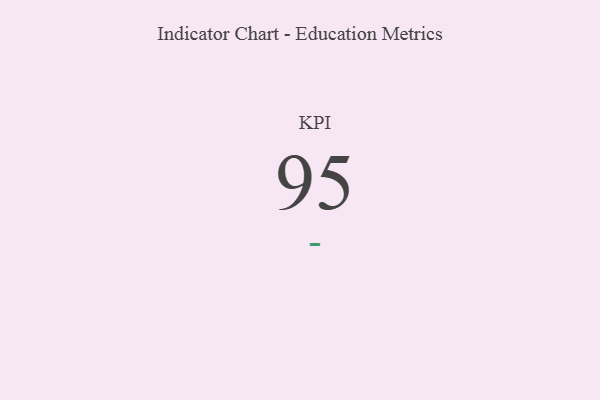
{"axis": {"x": "KPI", "y": "Value"}, "legend": [""], "data": [{"x": "KPI", "y": 95, "type": ""}]}